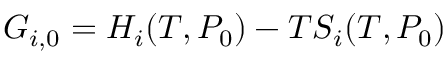
G _ { i , 0 } = H _ { i } ( T , P _ { 0 } ) - T S _ { i } ( T , P _ { 0 } )